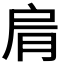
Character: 𦚑